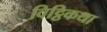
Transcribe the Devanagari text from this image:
विट्ठिकथा